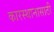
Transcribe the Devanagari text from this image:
कारस्थानासाठी